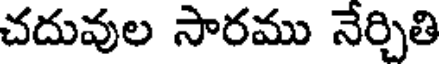
చదువుల సారము నేర్చితి